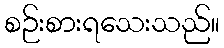
စဉ်းစားရသေးသည်။